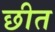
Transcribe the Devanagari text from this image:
छीत